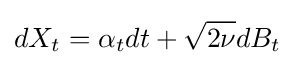
dX_{t}=\alpha _{t}dt+{\sqrt {2\nu }}dB_{t}